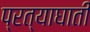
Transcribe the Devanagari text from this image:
प्रत्याघाती